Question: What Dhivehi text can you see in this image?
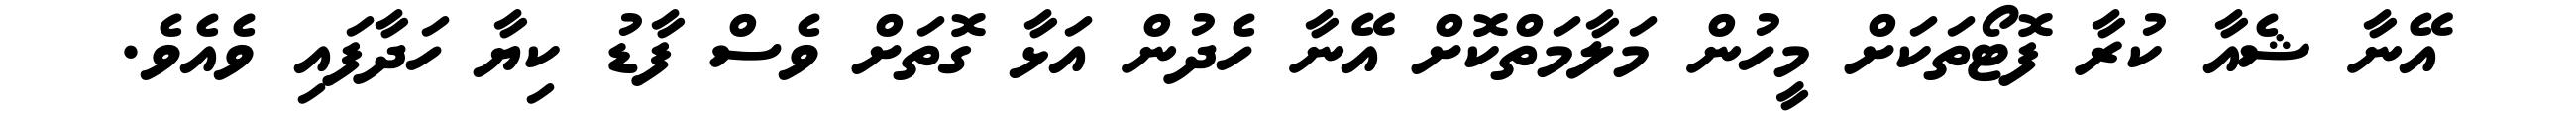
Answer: އޭނާ ޝެއާ ކުރާ ފޮޓޯތަކަށް މީހުން މަލާމަތްކޮށް އޭނާ ހެދުން އަޅާ ގޮތަށް ވެސް ފާޑު ކިޔާ ހަދާފައި ވެއެވެ.